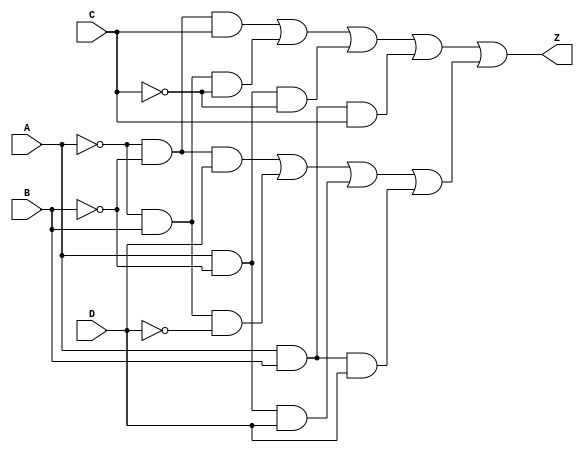
module prime_implicant_logic (
    input wire A,  // Input variable A
    input wire B,  // Input variable B
    input wire C,  // Input variable C
    input wire D,  // Input variable D
    output wire Z  // Output result
);

// Define the prime implicants based on a hypothetical Boolean function
// For example, let's assume the function is represented by the following prime implicants:
// P1 = A'B'C + A'BC' + AB'C' + ABC
// P2 = A'B'D + A'BD' + AB'D + ABD
// The final expression could be simplified to: Z = P1 + P2

// Intermediate signals for prime implicants
wire P1, P2;

// Define the prime implicants using AND gates
assign P1 = (~A & ~B & C) | (~A & B & ~C) | (A & ~B & ~C) | (A & B & C);
assign P2 = (~A & ~B & D) | (~A & B & ~D) | (A & ~B & D) | (A & B & D);

// Combine the prime implicants using OR gate
assign Z = P1 | P2;

endmodule